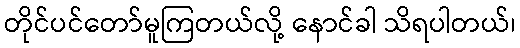
တိုင်ပင်တော်မူကြတယ်လို့ နောင်ခါ သိရပါတယ်၊